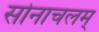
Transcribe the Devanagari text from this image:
सोनाचलम्